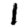
Digit: 1